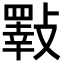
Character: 𣀇